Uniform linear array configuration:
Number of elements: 16
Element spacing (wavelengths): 1
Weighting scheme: binomial
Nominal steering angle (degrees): -45
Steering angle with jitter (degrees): -44.179
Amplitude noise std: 0.05
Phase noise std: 0.05

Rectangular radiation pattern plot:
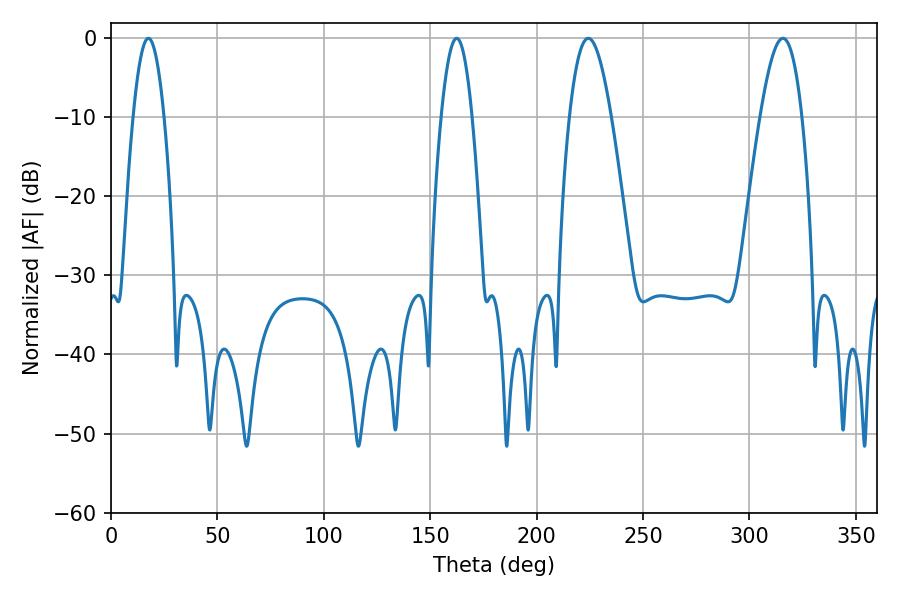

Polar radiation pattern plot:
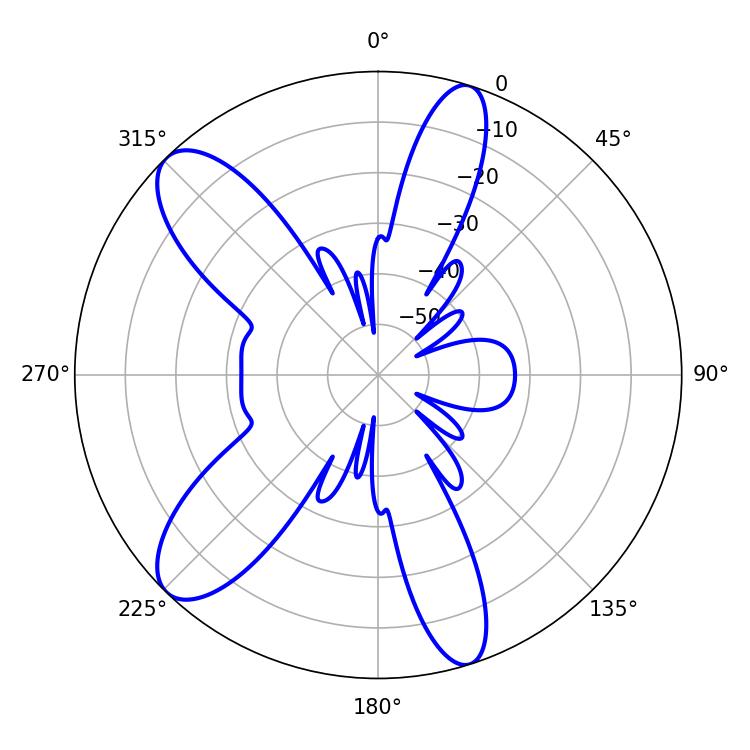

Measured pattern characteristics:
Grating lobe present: TRUE
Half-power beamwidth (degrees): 10.62
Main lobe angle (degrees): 224.28